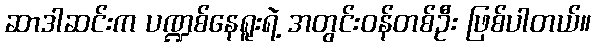
ဆာဒါဆင်းက ပဏ္ဍစ်နေရူးရဲ့ အတွင်းဝန်တစ်ဦး ဖြစ်ပါတယ်။